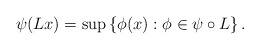
\begin{align*}\psi (Lx) = \sup \left\{ \phi(x): \phi\in \psi\circ L\right\}.\end{align*}